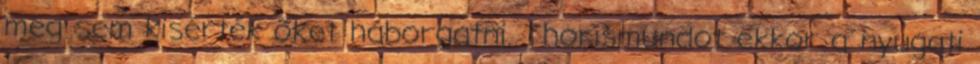
meg sem kisérték őket háborgatni. Thorismundot ekkor a nyugati